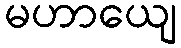
မဟာယျေ